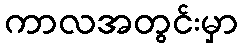
ကာလအတွင်းမှာ